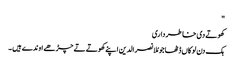
"
کھوتے دی خاطر داری
ہک دن لوکاں ڈٹھا جو مُلا نصرالدین اپنے کھوتے تے چڑھے اوندے ہیں ۔